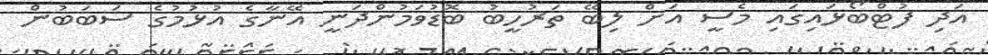
އަދި ފުޓްބޯޅައިގައި މެސީ އަށް ލިބޭ ތަރުހީބު ބޮޑުވަމުންދަނީ އޭނާގެ އުޅުމުގެ ސަބަބުން